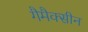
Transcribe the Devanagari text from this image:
गैमैक्सीन